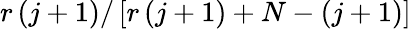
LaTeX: r\left(j+1\right)/\left[r\left(j+1\right)+N-\left(j+1\right)\right]